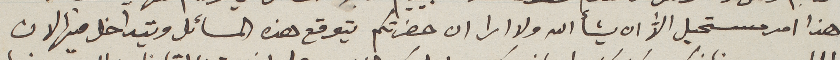
هذا امر مستحيل الاﱣ ان يشأ الله ولا ارا ان حضرتكم يتوقع هذه المسائل ويتداخل فيها لان